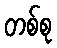
တစ်စု